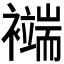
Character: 𧞖